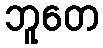
ဘူတေ